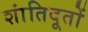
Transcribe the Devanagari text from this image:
शांतिदूतों